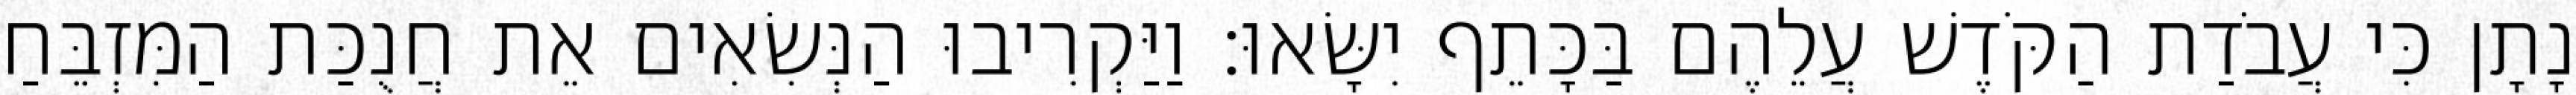
נָתָן כִּי עֲבֹדַת הַקֹּדֶשׁ עֲלֵהֶם בַּכָּתֵף יִשָּׂאוּ׃ וַיַּקְרִיבוּ הַנְּשִׂאִים אֵת חֲנֻכַּת הַמִּזְבֵּחַ